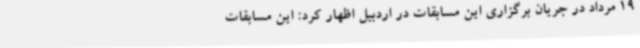
19 مرداد در جریان برگزاری این مسابقات در اردبیل اظهار کرد: این مسابقات